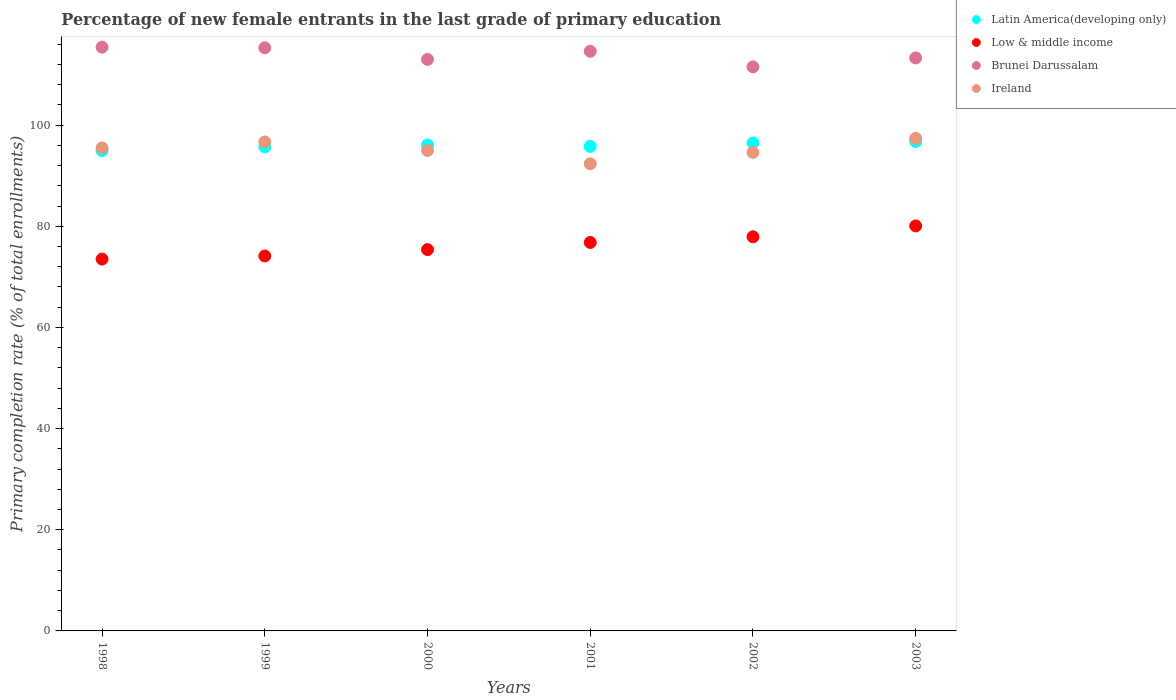
| Years | Latin America(developing only) | Low & middle income | Brunei Darussalam | Ireland |
 | --- | --- | --- | --- | --- |
 | 1998 | 94.9 | 73.5 | 115 | 95.5 |
 | 1999 | 95.7 | 74.1 | 115 | 96.7 |
 | 2000 | 96.1 | 75.4 | 113 | 95 |
 | 2001 | 95.8 | 76.8 | 115 | 92.4 |
 | 2002 | 96.5 | 77.9 | 112 | 94.6 |
 | 2003 | 96.8 | 80.1 | 113 | 97.4 |